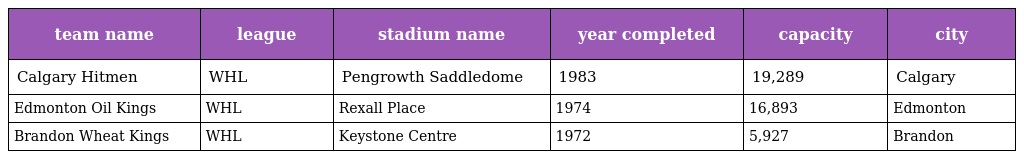
| team name | league | stadium name | year completed | capacity | city |
 | --- | --- | --- | --- | --- | --- |
 | Calgary Hitmen | WHL | Pengrowth Saddledome | 1983 | 19,289 | Calgary |
 | Edmonton Oil Kings | WHL | Rexall Place | 1974 | 16,893 | Edmonton |
 | Brandon Wheat Kings | WHL | Keystone Centre | 1972 | 5,927 | Brandon |